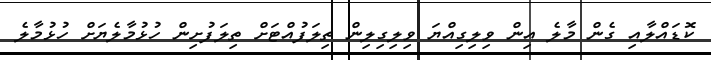
ކޮޑައްލާއި ގެން މާލެ އިން ވިލިގިއްޔަ ވިލިގިލިން ތިލަފުއްޓަށް ތިލަފުށިން ހުޅުމާލެޔަށް ހުޅުމާލެ